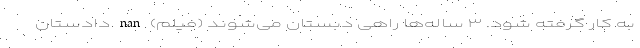
به کار گرفته شود. ۳ ساله‌ها راهی دبستان می‌شوند (فیلم) nan دادستان